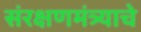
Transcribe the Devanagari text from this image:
संरक्षणमंत्र्याचे